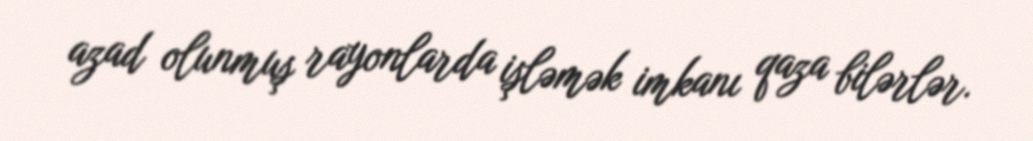
azad olunmuş rayonlarda işləmək imkanı qaza bilərlər.